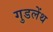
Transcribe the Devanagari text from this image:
गुडलेंथ